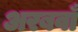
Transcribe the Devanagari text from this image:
अरबवाँ